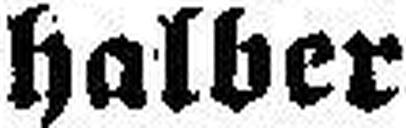
halber